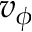
v _ { \phi }